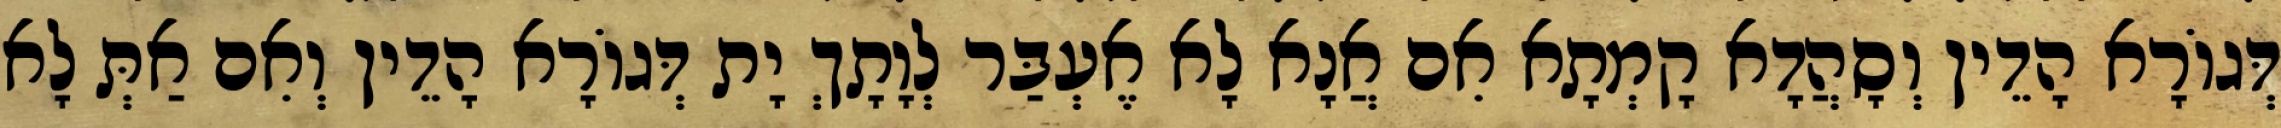
דְּגוֹרָא הָדֵין וְסָהֲדָא קָמְתָא אִם אֲנָא לָא אֶעְבַּר לְוָתָךְ יָת דְּגוֹרָא הָדֵין וְאִם אַתְּ לָא